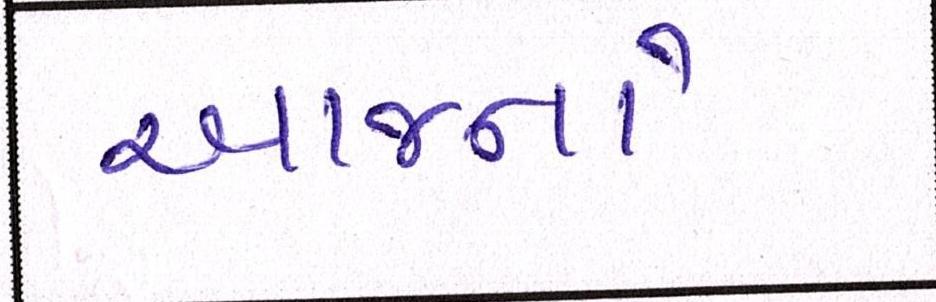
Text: આજનો